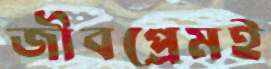
জীবপ্রেমই